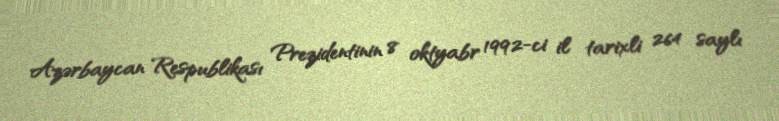
Azərbaycan Respublikası Prezidentinin 8 oktyabr 1992-ci il tarixli 264 saylı